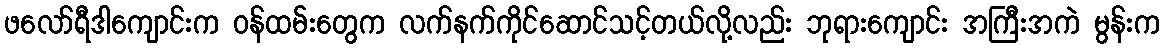
ဖလော်ရီဒါကျောင်းက ဝန်ထမ်းတွေက လက်နက်ကိုင်ဆောင်သင့်တယ်လို့လည်း ဘုရားကျောင်း အကြီးအကဲ မွန်းက